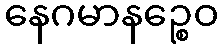
နေဂမာနဉ္စေဝ